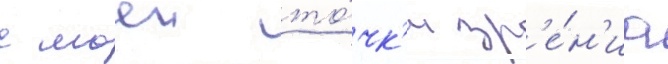
с моеи то́чк'и зр'е́н'иа